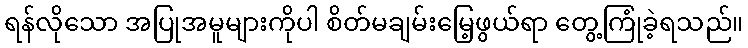
ရန်လိုသော အပြုအမူများကိုပါ စိတ်မချမ်းမြေ့ဖွယ်ရာ တွေ့ကြုံခဲ့ရသည်။